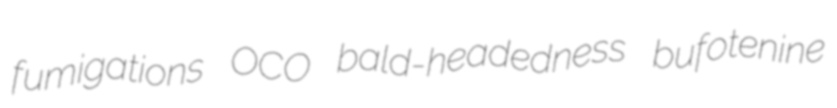
fumigations OCO bald-headedness bufotenine